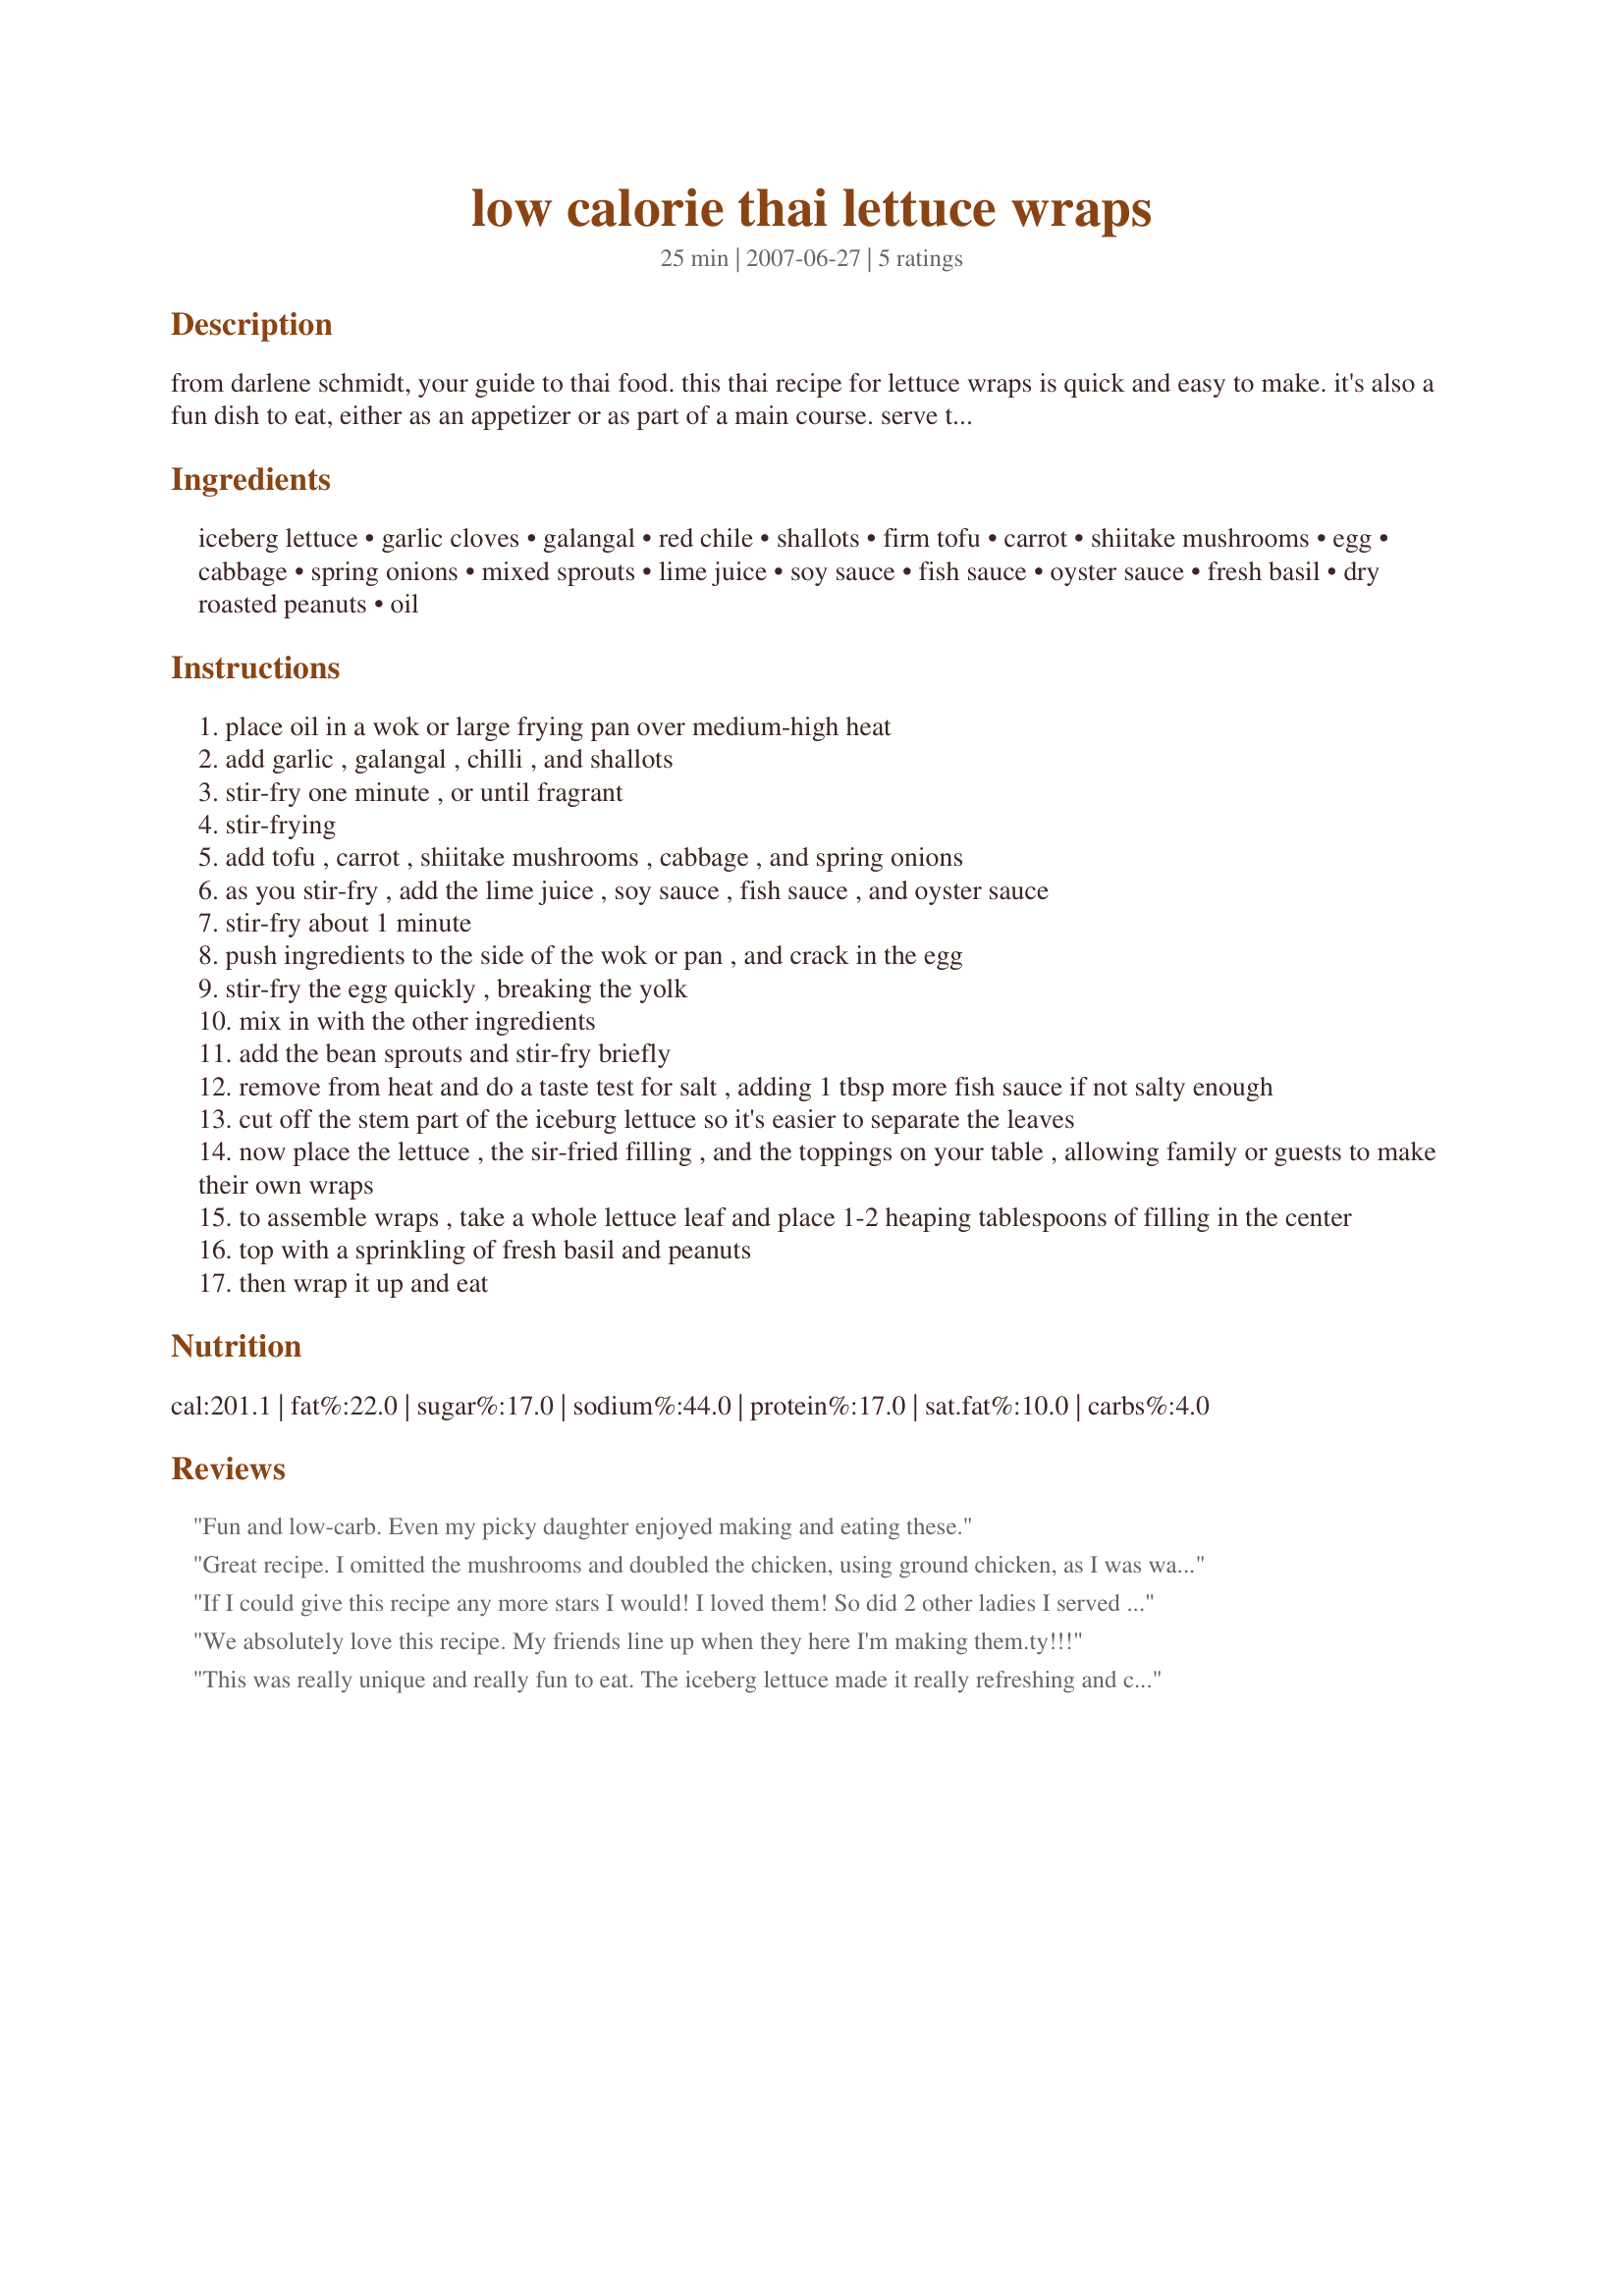
low calorie thai lettuce wraps
Preparation time: 25 minutes

from darlene schmidt, your guide to thai food. this thai recipe for lettuce wraps is quick and easy to make. it's also a fun dish to eat, either as an appetizer or as part of a main course. serve the filling on a platter with whole iceburg lettuce leaves on the side, and let your friends and family wrap their own. they'll love the combination of crisp, cold lettuce with the warm, flavorful filling. and it's a low-calorie, low-fat treat that's also very nutritious. lettuce wraps make a great party food!

Ingredients:
iceberg lettuce, garlic cloves, galangal, red chile, shallots, firm tofu, carrot, shiitake mushrooms, egg, cabbage, spring onions, mixed sprouts, lime juice, soy sauce, fish sauce, oyster sauce, fresh basil, dry roasted peanuts, oil

Steps:
place oil in a wok or large frying pan over medium-high heat
add garlic , galangal , chilli , and shallots
stir-fry one minute , or until fragrant
stir-frying
add tofu , carrot , shiitake mushrooms , cabbage , and spring onions
as you stir-fry , add the lime juice , soy sauce , fish sauce , and oyster sauce
stir-fry about 1 minute
push ingredients to the side of the wok or pan , and crack in the egg
stir-fry the egg quickly , breaking the yolk
mix in with the other ingredients
add the bean sprouts and stir-fry briefly
remove from heat and do a taste test for salt , adding 1 tbsp more fish sauce if not salty enough
cut off the stem part of the iceburg lettuce so it's easier to separate the leaves
now place the lettuce , the sir-fried filling , and the toppings on your table , allowing family or guests to make their own wraps
to assemble wraps , take a whole lettuce leaf and place 1-2 heaping tablespoons of filling in the center
top with a sprinkling of fresh basil and peanuts
then wrap it up and eat

Reviews:
Fun and low-carb. Even my picky daughter enjoyed making and eating these.
Great recipe. I omitted the mushrooms and doubled the chicken, using ground chicken, as I was wanting something very close to the popular dish Larb. The only complaint at the table was that it might have been a tad bit too salty, so next time I'll gradually add the soy sauce vice just tossing in the entire 2 TBSP, as well as gradually add the Oyster Sauce, as that adds quite a bit of flavor/saltiness as well. Overall, we were very happy and will make again.
If I could give this recipe any more stars I would! I loved them! So did 2 other ladies I served them to. I so wish I had a camera with me they do deserve a photograph. Thanks so much for this wonderful recipe, I will be making these again.
We absolutely love this recipe. My friends line up when they here I'm making them.ty!!!
This was really unique and really fun to eat. The iceberg lettuce made it really refreshing and cool. The only thing I didn't like was the strong fishy taste. I think it was because I used shrimp, and the shrimp AND the fish sauce AND the oyster sauce was just a little much for me. I'll try it with tofu or pork next time! I loved the tastes of the lime and basil and peanut. It was great.
